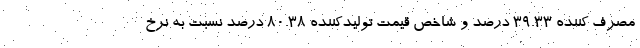
مصرف کننده ۳۹.۳۳ درصد و شاخص قیمت تولیدکننده ۸۰.۳۸ درصد نسبت به نرخ